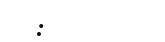
: